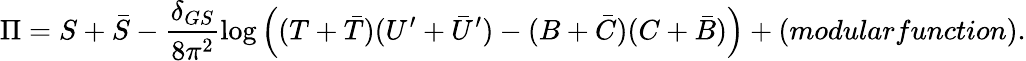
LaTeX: {\Pi}=S+{\bar{S}}-\frac{\delta_{GS}}{8\pi^{2}}\log\left((T+{\bar{T}})(U^{\prime}+{\bar{U}}^{\prime})-(B+{\bar{C}})(C+{\bar{B}})\right)+(modularfunction).